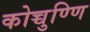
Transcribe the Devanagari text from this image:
कोच्चुण्णि